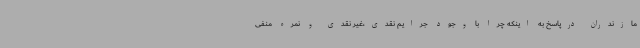
مازندران درپاسخ به اینکه چرا با وجود جرایم نقدی،غیر نقدی و نمره منفی